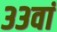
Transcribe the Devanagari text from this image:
३३वां